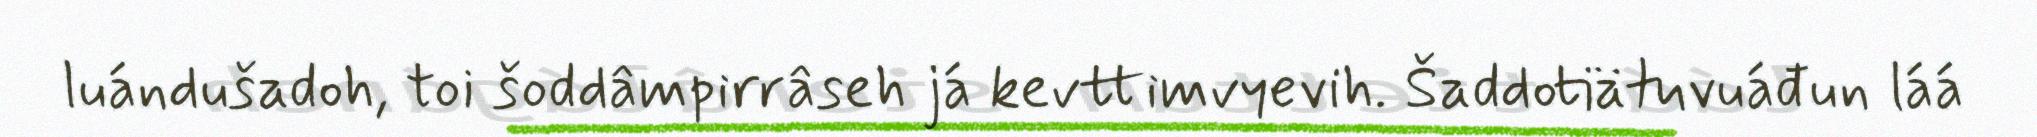
luándušadoh, toi šoddâmpirrâseh já kevttimvyevih. Šaddotiätuvuáđun láá